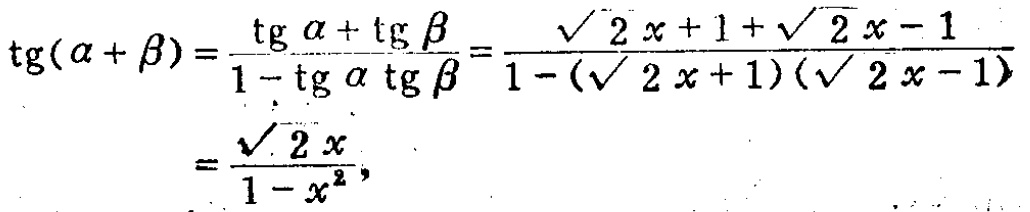
\[\begin{align*}
\operatorname{tg}(\alpha+\beta)&=\frac{\operatorname{tg}\alpha+\operatorname{tg}\beta}{1 - \operatorname{tg}\alpha\operatorname{tg}\beta}=\frac{\sqrt{2}x + 1+\sqrt{2}x - 1}{1-(\sqrt{2}x + 1)(\sqrt{2}x - 1)}\\
&=\frac{\sqrt{2}x}{1 - x^{2}},
\end{align*}\]